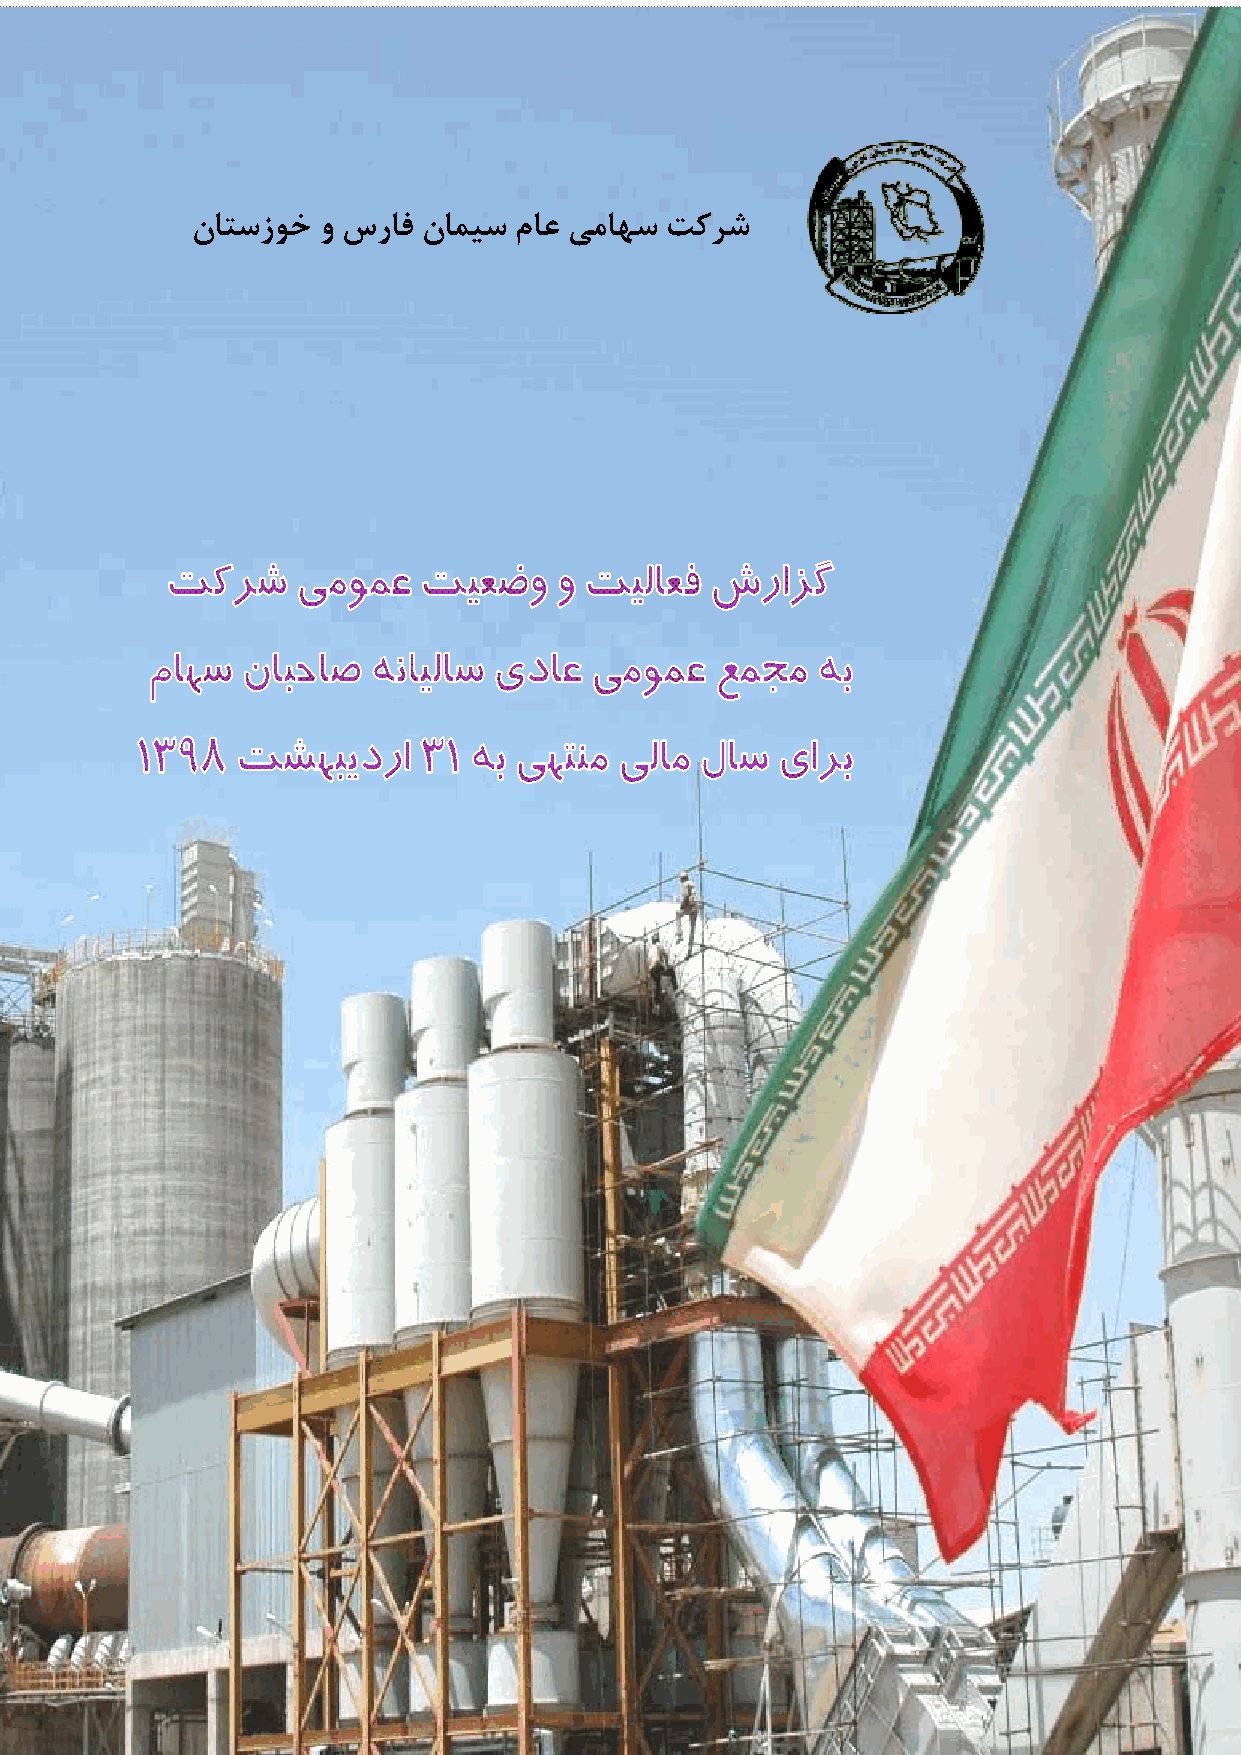
4,04ﺶﻳاﺮﻳو                             ﺎﻫ ﺖﻴﻟﻮﺌﺴﻣ و نﺎﻣزﺎﺳ
 نﺎﺘﺳزﻮﺧ و سرﺎﻓ نﺎﻤﻴﺳ مﺎﻋ ﻲﻣﺎﻬﺳ ﺖﻛﺮﺷ